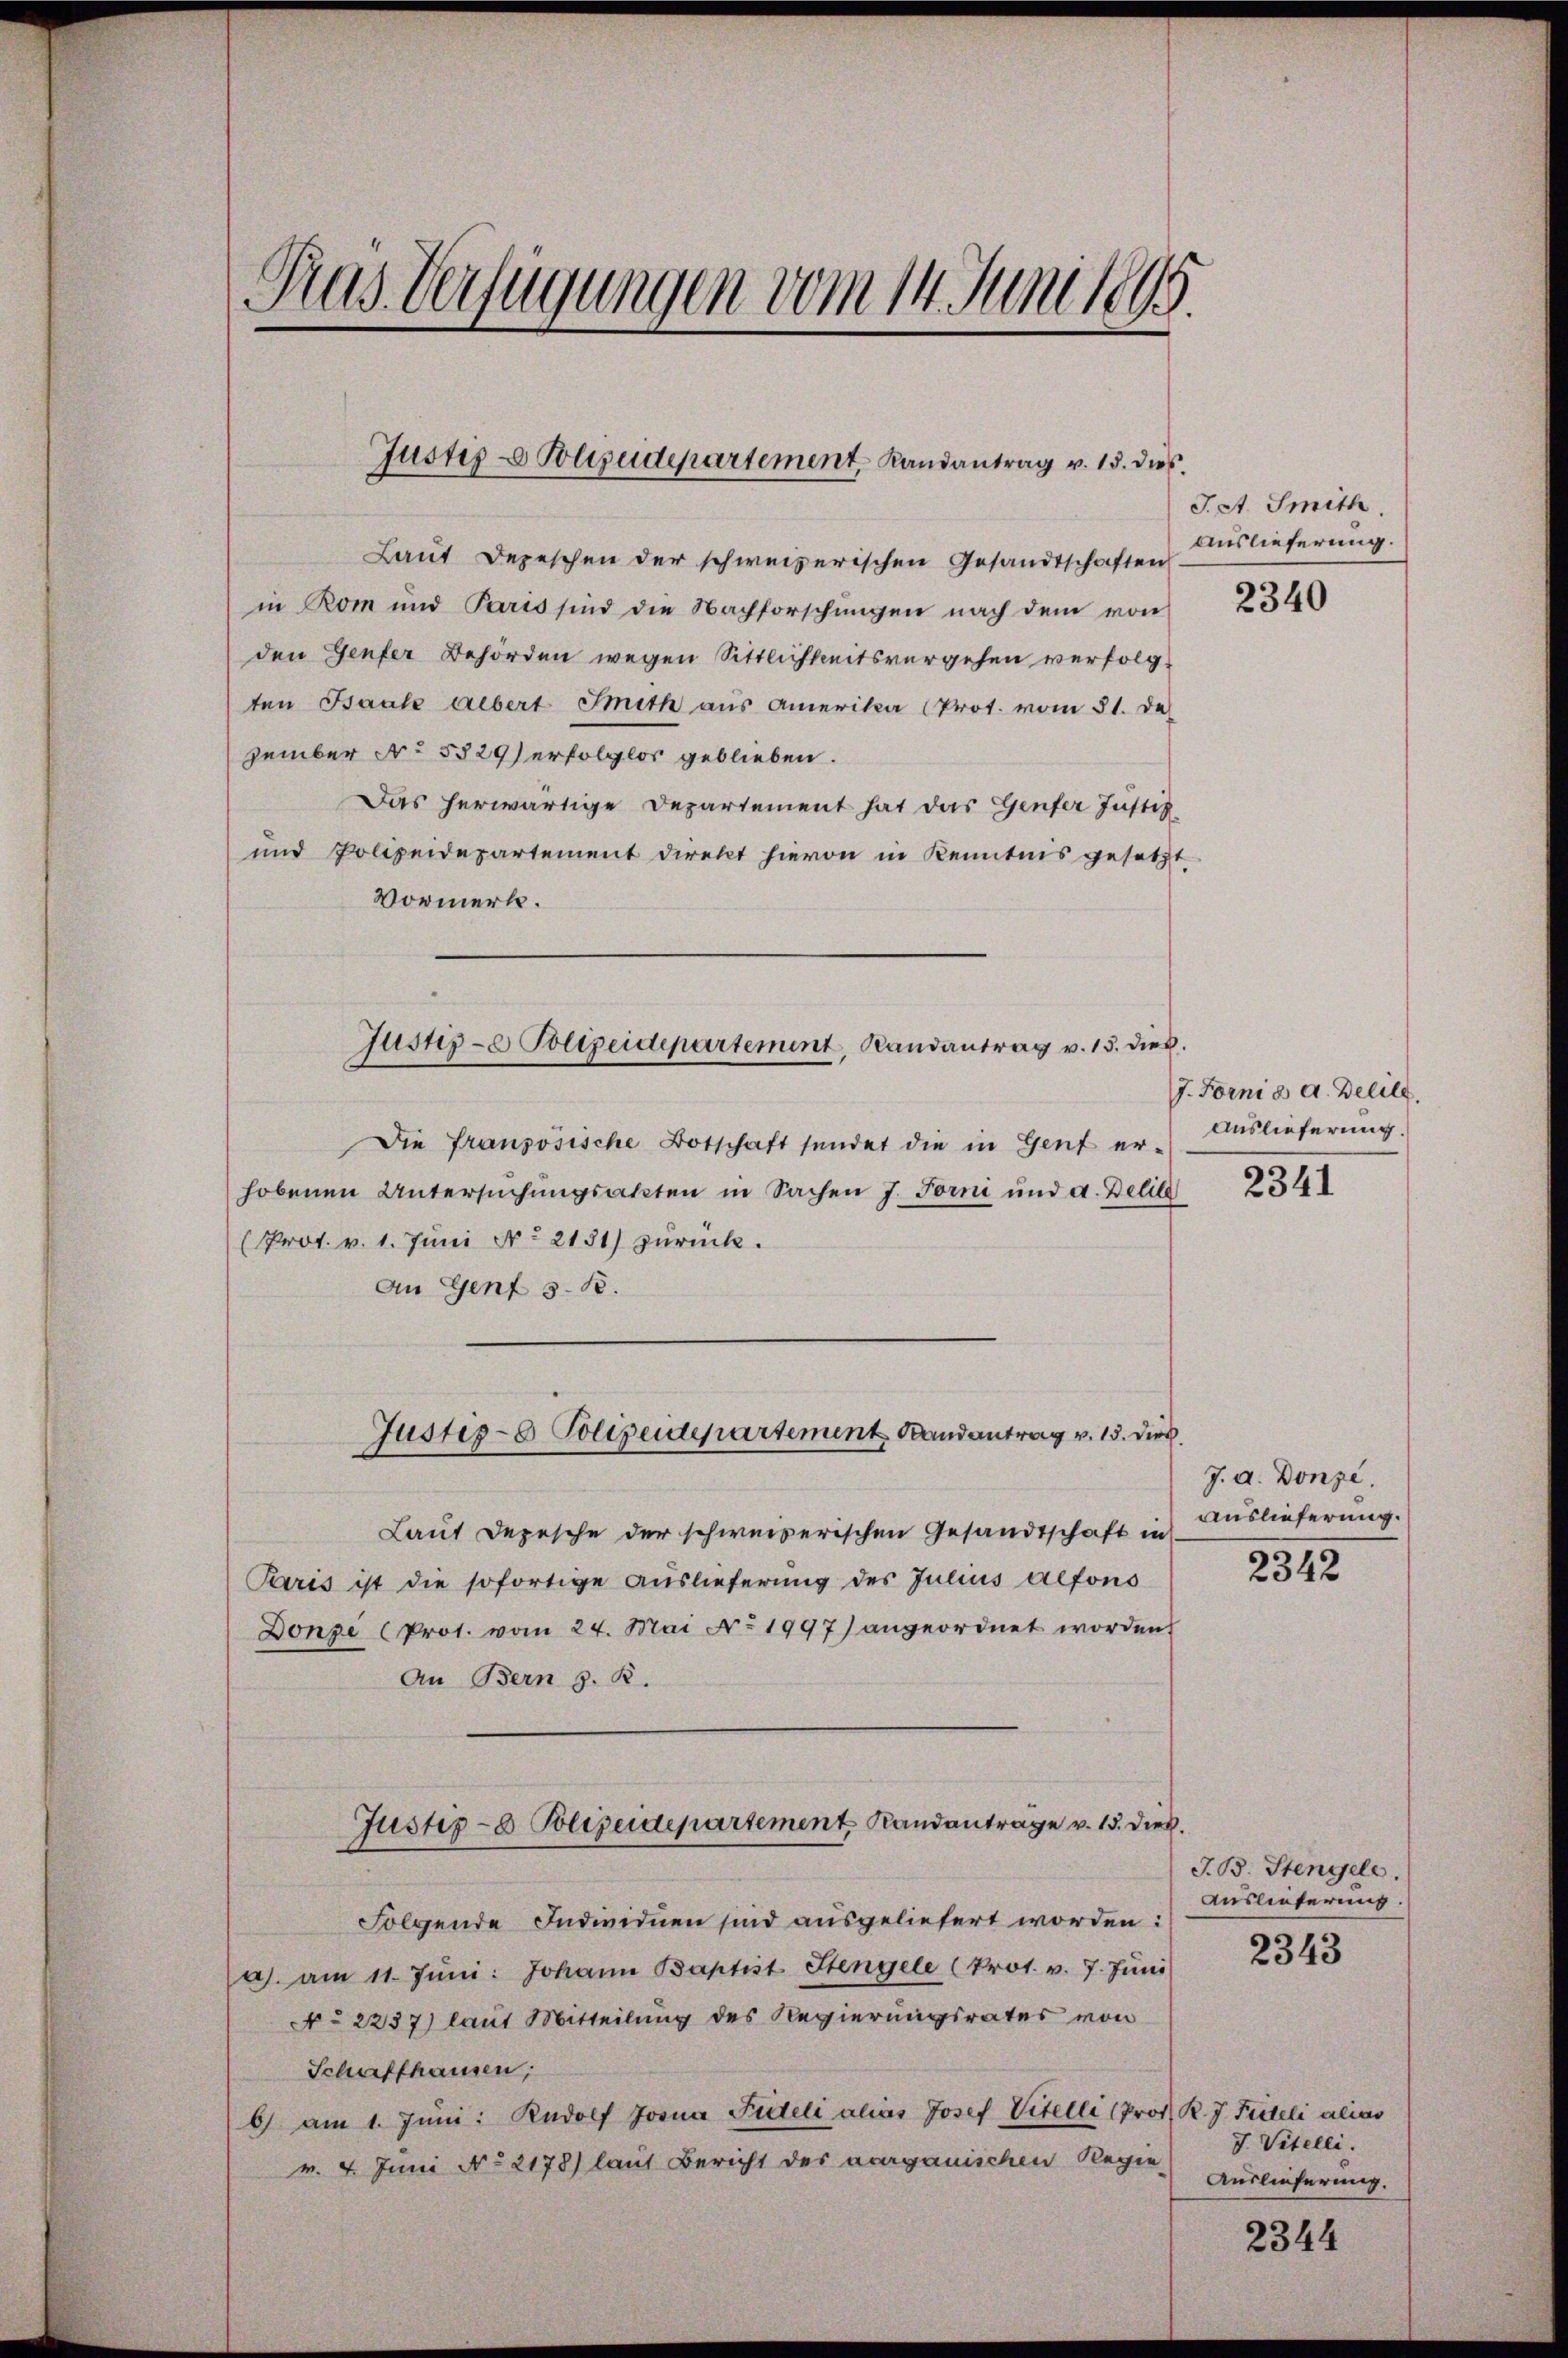
Tras Verfügungen vom 14. Juni 1895.

Justiz- Polizeidepartement, Landantrag v. 15. dies

Laut Depeschen der schweizerischen Gesandtschaften
in Rom und Paris sind die Nachforschungen nach dem von
den Genfer Behörden wegen Sittlichkeitsvergehen verfolgten Baak albert Smith aus Amerika (Prot. vom 31. De
zember No 5529) erfolglos geblieben.
Das herwärtige Departement hat das Genfer Justiz
und Polizeidepartement direkt hievon in Kenntnis gesetzt
Vormerk.
Die französische Botschaft sendet die in Genf er-
hobenen Untersuchungsakten in Sachen J. Forni und a. Delia 234
(Prot. v. 1. Jŭni No 2131) zŭrück.
An Genf s. B.
Justiz- & Polizeidepartement Randantrag v. 15. dies
Laut Depesche der schweizerischen Gesandtschaft in
Paris ist die sofortige Auslieferung des Julius alfons
Donze (Prot. vom 24. Mai No 1997) angeordnet worden.
An Bern z. R.
Justiz- & Polizeidepartement Randantrage v. 15. dieß.
Folgende Individuen sind ausgeliefert worden:
a. am 11. Jŭni: Johann Baptist Stengele (Prot. v. 7. Jŭni
N° 2237) laut Mitteilung des Regierungsrates von
Schaffhausen,
6) am 1. Juni: Rudolf Josua Fideli alias Josef Vitelle (Prod. R. J. Fideli alias
v. 4. Juni No 2178) laut Bericht des vorganischen Regie

Justiz- & Polizeidepartement, Randantrag v. 15. dies

J. A. Smith
Auslieferung.

2340

J. Forni a. a. Delil.
Auslieferung.

J. a. Donze
Auslieferung.

2342

J. B. Stengele.
Auslieferung.
2343

J. Vitelli.
Auslieferung.

2344